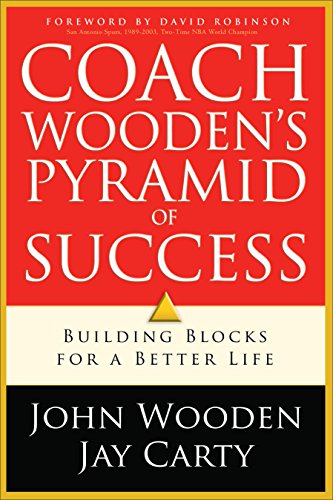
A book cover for Coach Wooden's Pyramid of Success; John Wooden; Biographies & Memoirs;